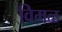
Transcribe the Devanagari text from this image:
विमळ